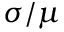
\sigma / \mu